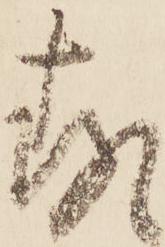
存